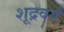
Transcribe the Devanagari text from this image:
शूद्रवर्ग